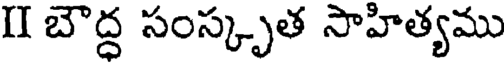
II బౌద్ధ సంస్కృత సాహిత్యము